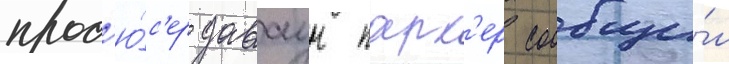
прод'ю́с'ер даваун парк'ер сообщи́л